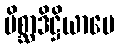
မိစ္ဆာဒိဋ္ဌိယာပေ